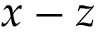
x - z